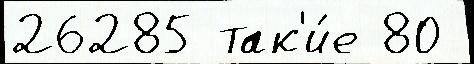
26285 так'и́е 80